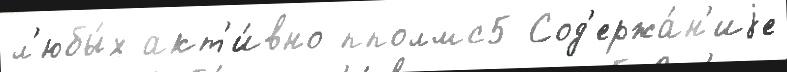
л'юбы́х акт'и́вно пполмс5 Сод'ержа́н'иjе